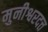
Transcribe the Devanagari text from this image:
मुनीश्वरदत्त